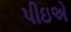
પીઇએ